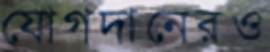
যোগদানেরও